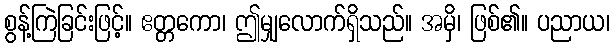
စွန့်ကြဲခြင်းဖြင့်။ ဧတ္တကော၊ ဤမျှလောက်ရှိသည်။ အမှိ၊ ဖြစ်၏။ ပညာယ၊